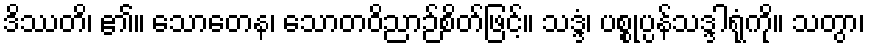
ဒိဿတိ၊ ၏။ သောတေန၊ သောတဝိညာဉ်စိတ်ဖြင့်။ သဒ္ဒံ၊ ပစ္စုပ္ပန်သဒ္ဒါရုံကို။ သတွာ၊